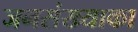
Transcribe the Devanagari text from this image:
जनसंख्याका